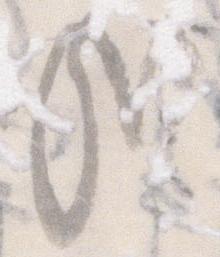
哉